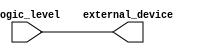
module IO_Block (
  input wire logic_level,
  output wire external_device
);

assign external_device = logic_level;

endmodule